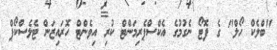
"ބްލެކް ހޯލް" ގެ ފޮޓޯ ނެގުމުގެ އެކްސްޕެރިމަންޓް ކުރި އިވެންޓް ހޮރައިޒަން ޓެލެސްކޯޕް